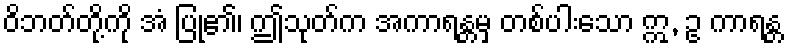
ဝိဘတ်တို့ကို အံ ပြု၏၊ ဤသုတ်က အကာရန္တမှ တစ်ပါးသော ဣ, ဥ ကာရန္တ